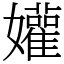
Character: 孉